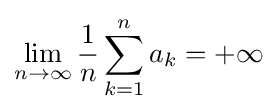
\lim _{n\to \infty }{\frac {1}{n}}\sum _{k=1}^{n}a_{k}=+\infty